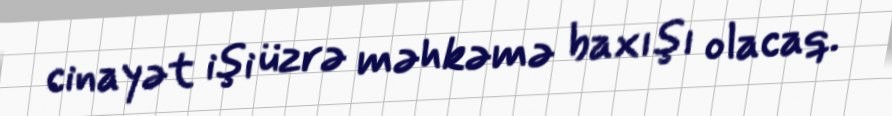
cinayət işi üzrə məhkəmə baxışı olacaq.